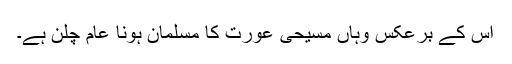
اس کے برعکس وہاں مسیحی عورت کا مسلمان ہونا عام چلن ہے۔